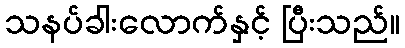
သနပ်ခါးလောက်နှင့် ပြီးသည်။